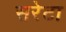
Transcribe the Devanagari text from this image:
सरेटा